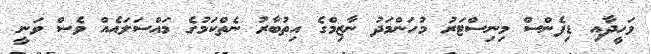
ވަހީދާއި ޑިފެންސް މިނިސްޓަރު މުހަންމަދު ނާޒިމްގެ އިތުބާރު ނެތްކަމުގެ މައްސަލައެއް ވެސް ވަނީ